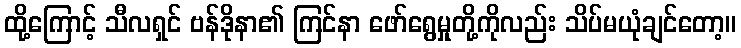
ထို့ကြောင့် သီလရှင် ဗန်ဒိုနာ၏ ကြင်နာ ဖော်ရွေမှုတို့ကိုလည်း သိပ်မယုံချင်တော့။